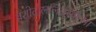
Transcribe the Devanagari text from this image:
यशोदाललितस्वात्मा